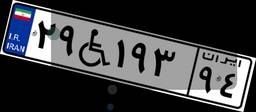
۲۹W۱۹۳۹۴